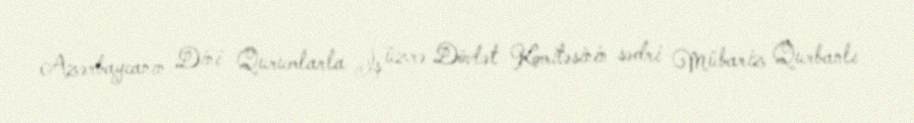
Azərbaycanın Dini Qurumlarla İş üzrə Dövlət Komitəsinin sədri Mübariz Qurbanlı